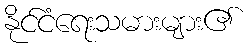
နိုင်ငံရေးသမားများ၏